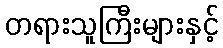
တရားသူကြီးများနှင့်